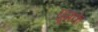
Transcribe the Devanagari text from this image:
घूमके